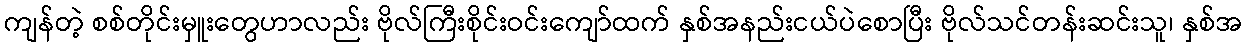
ကျန်တဲ့ စစ်တိုင်းမှူးတွေဟာလည်း ဗိုလ်ကြီးစိုင်းဝင်းကျော်ထက် နှစ်အနည်းငယ်ပဲစောပြီး ဗိုလ်သင်တန်းဆင်းသူ၊ နှစ်အ